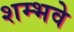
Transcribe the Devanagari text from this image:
शम्भवे